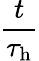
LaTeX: \frac{t}{\tau_{\mathrm{h}}}